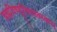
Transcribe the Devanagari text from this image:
ब्रह्मविष्णुशिवात्मकम्